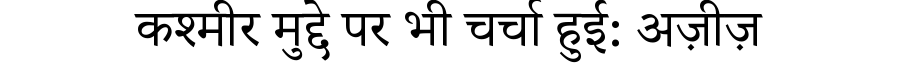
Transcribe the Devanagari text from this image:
कश्मीर मुद्दे पर भी चर्चा हुई: अज़ीज़